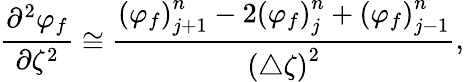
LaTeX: \frac{\partial^{2}\varphi_{f}}{\partial\zeta^{2}}\cong\frac{{\left(\varphi_{f}\right)}_{j+1}^{n}-2{\left(\varphi_{f}\right)}_{j}^{n}+{\left(\varphi_{f}\right)}_{j-1}^{n}}{{\left(\triangle\zeta\right)}^{2}},